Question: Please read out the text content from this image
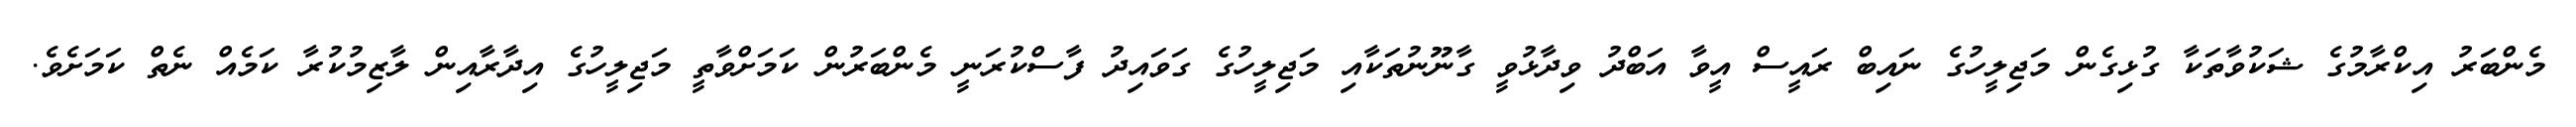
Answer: މެންބަރު އިކްރާމުގެ ޝަކުވާތަކާ ގުޅިގެން މަޖިލީހުގެ ނައިބް ރައީސް އީވާ އަބްދު ވިދާޅުވީ ގާނޫނުތަކާއި މަޖިލީހުގެ ގަވައިދު ފާސްކުރަނީ މެންބަރުން ކަމަށްވާތީ މަޖިލީހުގެ އިދާރާއިން ލާޒިމުކުރާ ކަމެއް ނެތް ކަމަށެވެ.